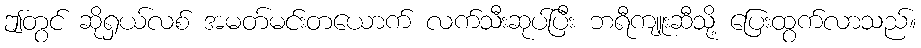
ဤတွင် ဆိုရှယ်လစ် အမတ်မင်းတယောက် လက်သီးဆုပ်ပြီး ဘရီကျူးဆီသို့ ပြေးထွက်လာသည်။